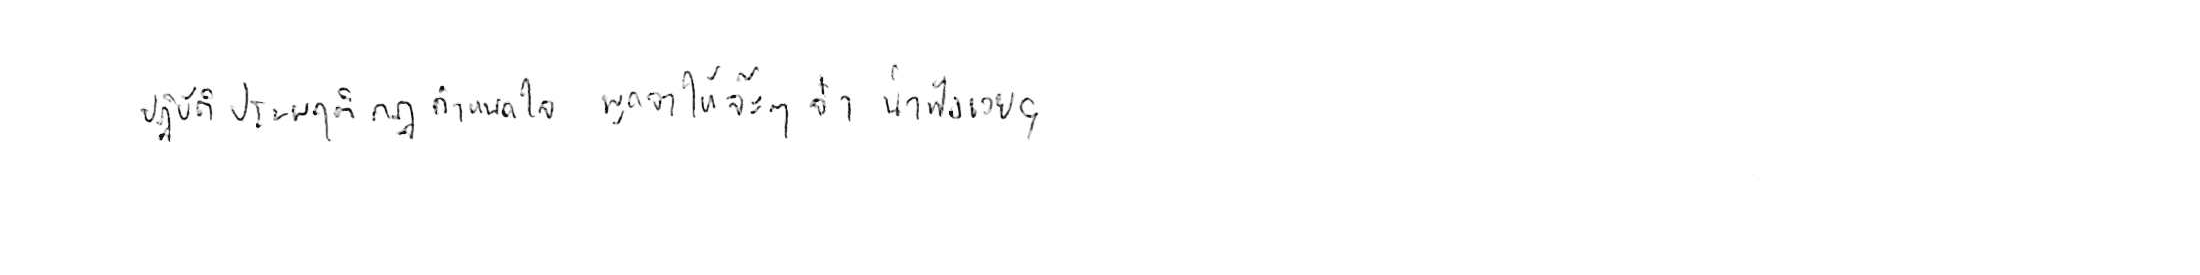
ปฏิบัติประพฤติกฎกำหนดใจ พูดจาให้จ๊ะๆ จ๋า น่าฟังเอยฯ